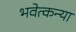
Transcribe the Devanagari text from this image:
भवेत्कन्या